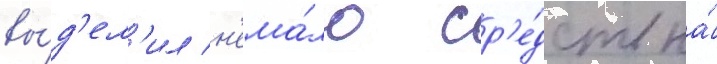
вы́д'ел'ил н'ема́ло ср'е́дств на́